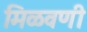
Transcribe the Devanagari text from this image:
मिळवणी